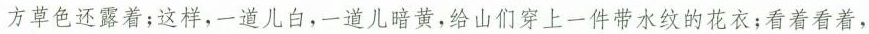
方草色还露着；这样，一道儿白，一道儿暗黄，给山们穿上一件带水纹的花衣；看着看着，